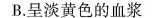
B.呈淡黄色的血浆